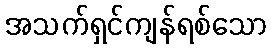
အသက်ရှင်ကျန်ရစ်သော